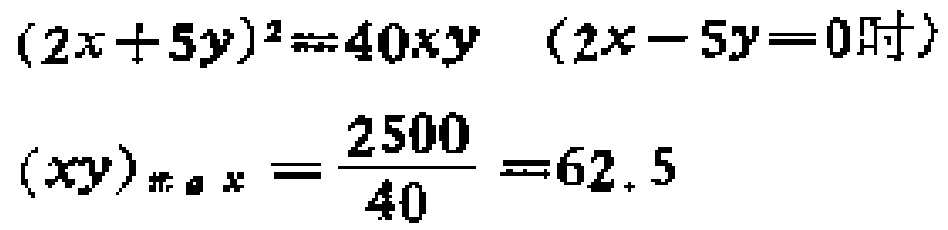
\((2x + 5y)^2 = 40xy\quad(2x - 5y = 0时)\)
\((xy)_{max}=\frac{2500}{40}=62.5\)